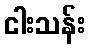
ငါးသန်း